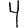
Digit: 4